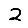
Digit: 2